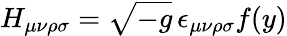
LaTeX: H_{\mu\nu\rho\sigma}=\sqrt{-g}\, \epsilon_{\mu\nu\rho\sigma}f(y)